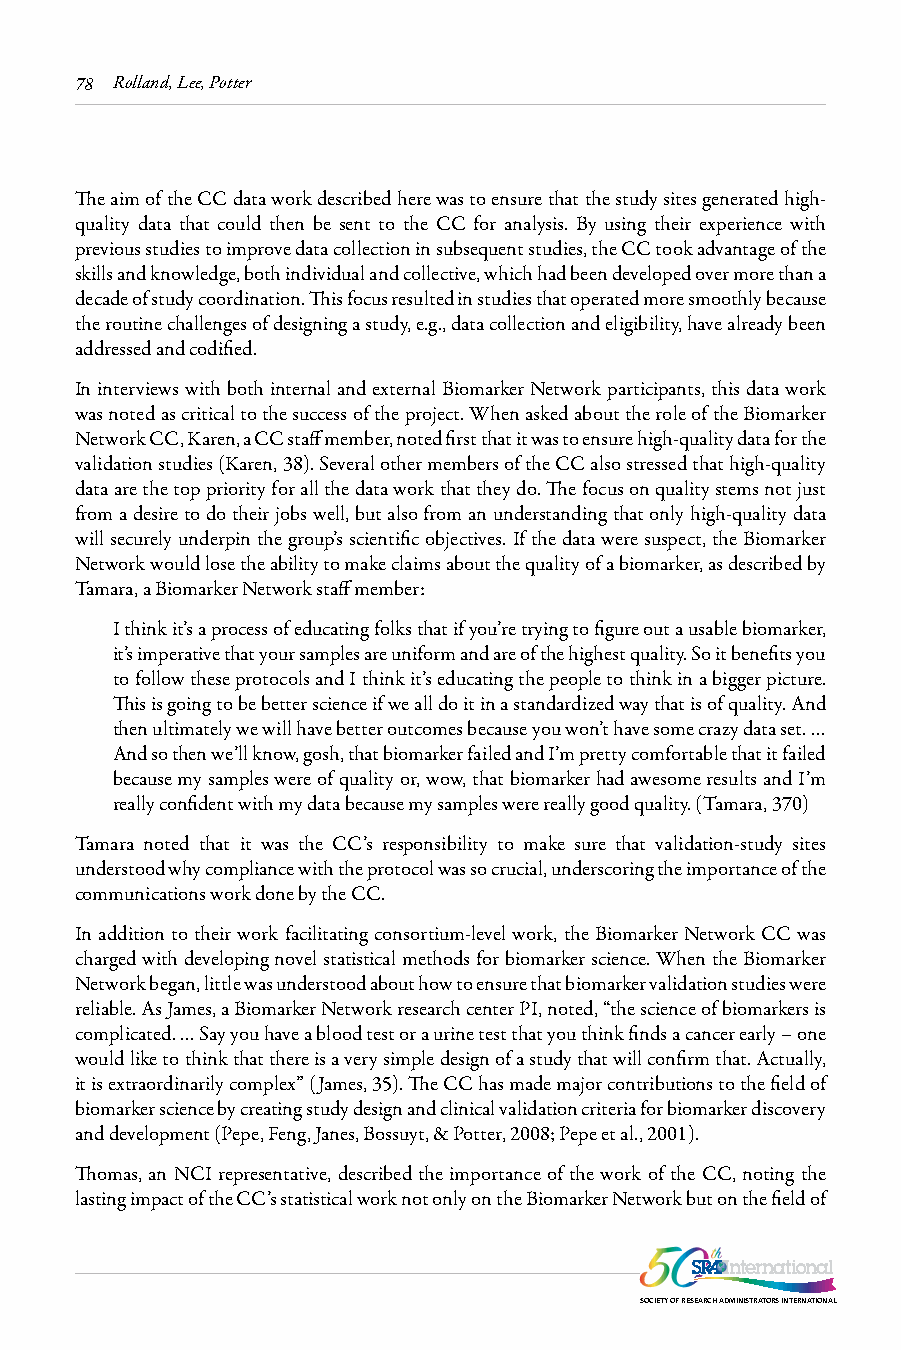
78 Rolland, Lee, Potter
 The aim of the CC data work described here was to ensure that the study sites generated high-
 quality data that could then be sent to the CC for analysis. By using their experience with
 previous studies to improve data collection in subsequent studies, the CC took advantage of the
 skills and knowledge, both individual and collective, which had been developed over more than a
 decade of study coordination. This focus resulted in studies that operated more smoothly because
 the routine challenges of designing a study, e.g., data collection and eligibility, have already been
 addressed and codified.
 In interviews with both internal and external Biomarker Network participants, this data work
 was noted as critical to the success of the project. When asked about the role of the Biomarker
 Network CC, Karen, a CC staff member, noted first that it was to ensure high-quality data for the
 validation studies (Karen, 38). Several other members of the CC also stressed that high-quality
 data are the top priority for all the data work that they do. The focus on quality stems not just
 from a desire to do their jobs well, but also from an understanding that only high-quality data
 will securely underpin the group’s scientific objectives. If the data were suspect, the Biomarker
 Network would lose the ability to make claims about the quality of a biomarker, as described by
 Tamara, a Biomarker Network staff member:
 I think it’s a process of educating folks that if you’re trying to figure out a usable biomarker,
 it’s imperative that your samples are uniform and are of the highest quality. So it benefits you
 to follow these protocols and I think it’s educating the people to think in a bigger picture.
 This is going to be better science if we all do it in a standardized way that is of quality. And
 then ultimately we will have better outcomes because you won’t have some crazy data set. …
 And so then we’ll know, gosh, that biomarker failed and I’m pretty comfortable that it failed
 because my samples were of quality or, wow, that biomarker had awesome results and I’m
 really confident with my data because my samples were really good quality. (Tamara, 370)
 Tamara noted that it was the CC’s responsibility to make sure that validation-study sites
 understood why compliance with the protocol was so crucial, underscoring the importance of the
 communications work done by the CC.
 In addition to their work facilitating consortium-level work, the Biomarker Network CC was
 charged with developing novel statistical methods for biomarker science. When the Biomarker
 Network began, little was understood about how to ensure that biomarker validation studies were
 reliable. As James, a Biomarker Network research center PI, noted, “the science of biomarkers is
 complicated. … Say you have a blood test or a urine test that you think finds a cancer early – one
 would like to think that there is a very simple design of a study that will confirm that. Actually,
 it is extraordinarily complex” (James, 35). The CC has made major contributions to the field of
 biomarker science by creating study design and clinical validation criteria for biomarker discovery
 and development (Pepe, Feng, Janes, Bossuyt, & Potter, 2008; Pepe et al., 2001).
 Thomas, an NCI representative, described the importance of the work of the CC, noting the
 lasting impact of the CC’s statistical work not only on the Biomarker Network but on the field of
 SOCIETY OF RESEARCH ADMINISTRATORS INTERNATIONAL